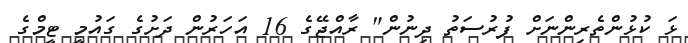
ޅަ ކުޅުންތެރިންނަށް ފުރުސަތު ދިނުން" ރާއްޖޭގެ 16 އަހަރުން ދަށުގެ ގައުމީ ޓީމްގެ